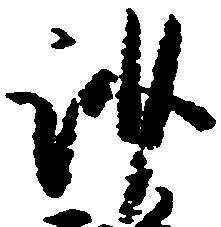
沙